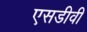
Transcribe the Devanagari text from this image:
एसडीवी